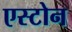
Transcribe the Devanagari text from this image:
एस्टोन